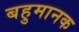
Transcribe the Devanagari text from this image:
बहुमानक